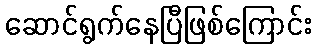
ဆောင်ရွက်နေပြီဖြစ်ကြောင်း